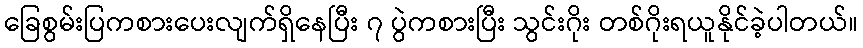
ခြေစွမ်းပြကစားပေးလျက်ရှိနေပြီး ၇ ပွဲကစားပြီး သွင်းဂိုး တစ်ဂိုးရယူနိုင်ခဲ့ပါတယ်။